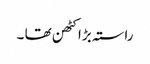
راستہ بڑا کٹھن تھا ۔